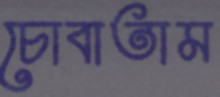
চোবাতাম